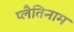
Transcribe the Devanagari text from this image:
प्लैतिनाम